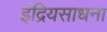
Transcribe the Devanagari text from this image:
इंद्रियसाधना